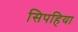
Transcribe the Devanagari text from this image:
सिपहिया